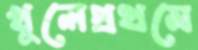
খুলেপ্রথমে